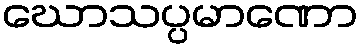
ဃောသပ္ပမာဏော